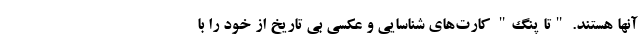
آنها هستند. "تا پنگ" کارت‌های شناسایی و عکسی بی تاریخ از خود را با